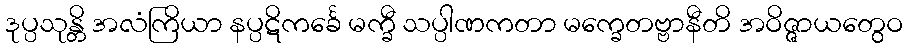
ဒုပ္ပသုန္တိ အလံကြိယာ နပ္ပဋိကင်္ခေ မက္ခီ သပ္ပါဏကတာ မက္ခေတဗ္ဗာနီတိ အဝိဇ္ဇာယတွေဝ